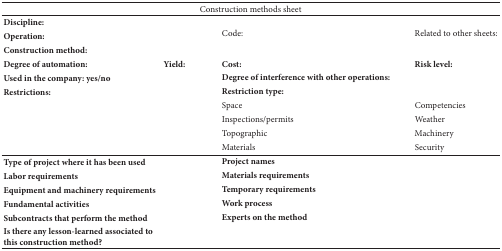
| <COLSPAN=4> Construction methods sheet |
 | --- | --- | --- | --- |
 | Discipline: |  | <ROWSPAN=3> Code: | <ROWSPAN=3> Related to other sheets: |
 | Operation: |  |
 | Construction method: |  |
 | Degree of automation: | Yield: | Cost: | Risk level: |
 | Used in the company: yes/no |  | Degree of interference with other operations: |  |
 | Restrictions: |  | Restriction type: |  |
 |  |  | Space | Competencies |
 |  |  | Inspections/permits | Weather |
 |  |  | Topographic | Machinery |
 |  |  | Materials | Security |
 | Type of project where it has been used |  | Project names |  |
 | Labor requirements |  | Materials requirements |  |
 | Equipment and machinery requirements |  | Temporary requirements |  |
 | Fundamental activities |  | Work process |  |
 | Subcontracts that perform the method |  | Experts on the method |  |
 | Is there any lesson-learned associated to this construction method? |  |  |  |